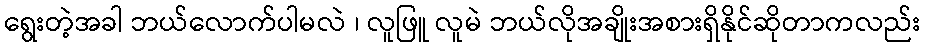
ရွေးတဲ့အခါ ဘယ်လောက်ပါမလဲ ၊ လူဖြူ လူမဲ ဘယ်လိုအချိုးအစားရှိနိုင်ဆိုတာကလည်း